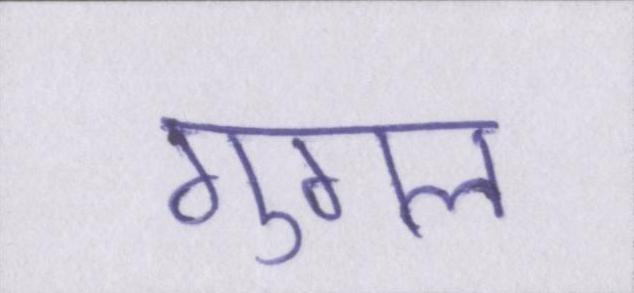
गुगल